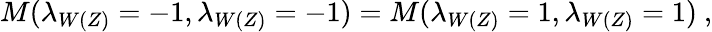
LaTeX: M(\lambda_{W(Z)}=-1,\lambda_{W(Z)}=-1)=M(\lambda_{W(Z)}=1,\lambda_{W(Z)}=1)~,